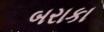
બરાકા